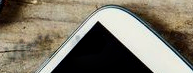
visit us